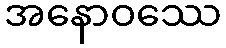
အနောဝဿေ